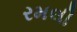
રમલી